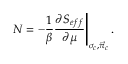
N = - { \frac { 1 } { \beta } } { \frac { \partial S _ { e f f } } { \partial \mu } } \Biggr \vert _ { \sigma _ { c } , \vec { \pi } _ { c } } \, .